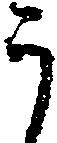
う